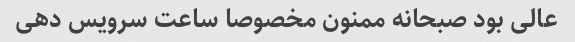
عالی بود صبحانه ممنون مخصوصا ساعت سرویس دهی